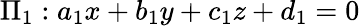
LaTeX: \Pi_{1}:a_{1}x+b_{1}y+c_{1}z+d_{1}=0